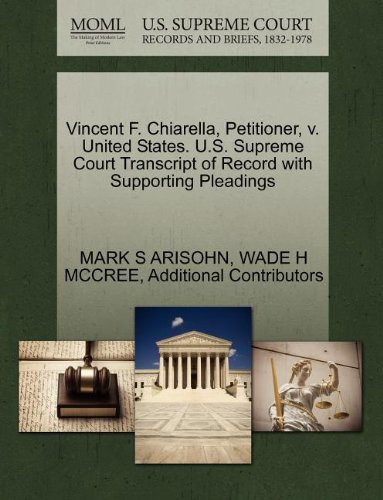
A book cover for Vincent F. Chiarella, Petitioner, v. United States. U.S. Supreme Court Transcript of Record with Supporting Pleadings; MARK S ARISOHN; Law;